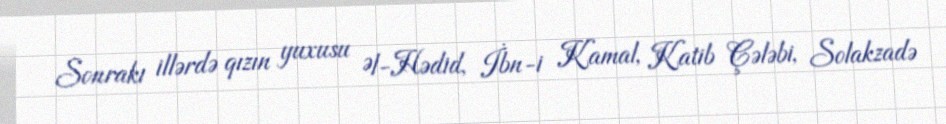
Sonrakı illərdə qızın yuxusu Əl-Hədid, İbn-i Kamal, Katib Çələbi, Solakzadə